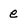
Character: e